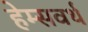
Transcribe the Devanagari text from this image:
हेम्सवर्थ